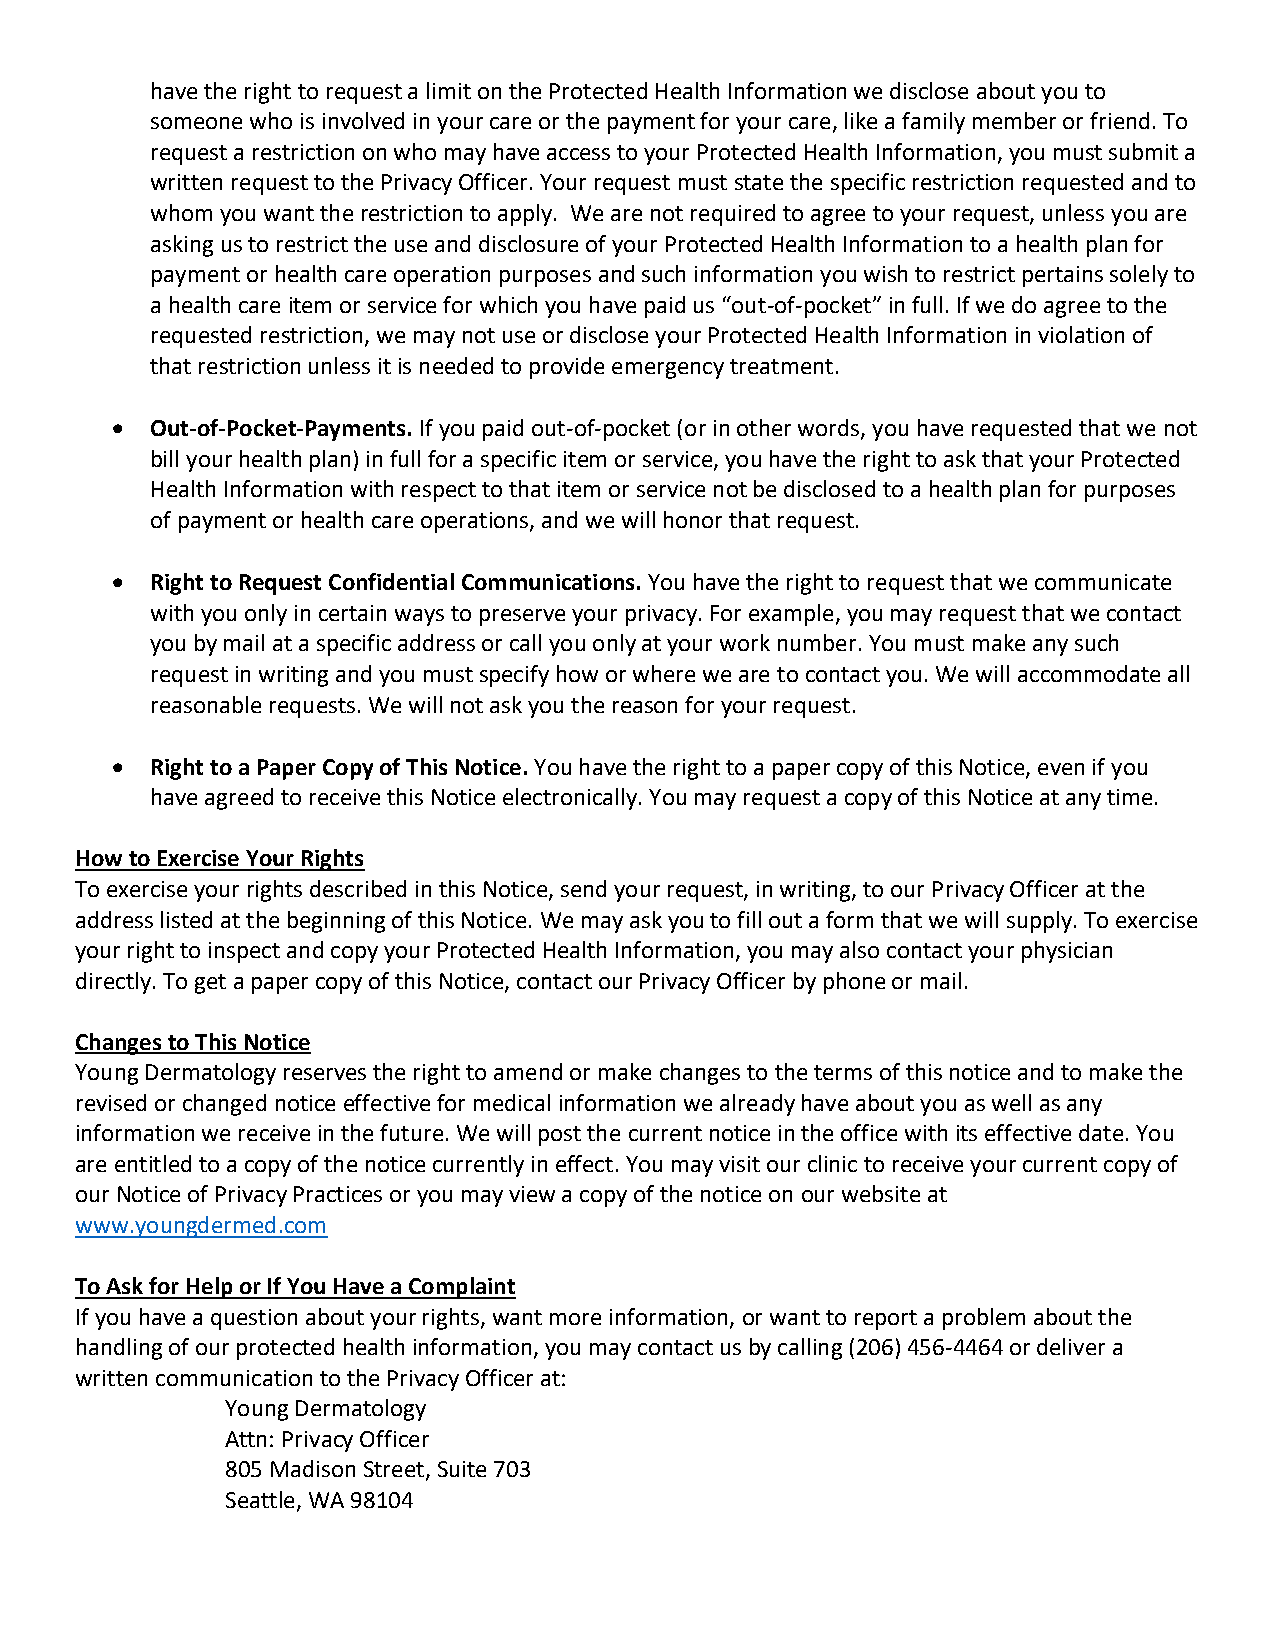
have the right to request a limit on the Protected Health Information we disclose about you to
 someone who is involved in your care or the payment for your care, like a family member or friend. To
 request a restriction on who may have access to your Protected Health Information, you must submit a
 written request to the Privacy Officer. Your request must state the specific restriction requested and to
 whom you want the restriction to apply. We are not required to agree to your request, unless you are
 asking us to restrict the use and disclosure of your Protected Health Information to a health plan for
 payment or health care operation purposes and such information you wish to restrict pertains solely to
 a health care item or service for which you have paid us “out-of-pocket” in full. If we do agree to the
 requested restriction, we may not use or disclose your Protected Health Information in violation of
 that restriction unless it is needed to provide emergency treatment.
 •  Out-of-Pocket-Payments. If you paid out-of-pocket (or in other words, you have requested that we not
 bill your health plan) in full for a specific item or service, you have the right to ask that your Protected
 Health Information with respect to that item or service not be disclosed to a health plan for purposes
 of payment or health care operations, and we will honor that request.
 •  Right to Request Confidential Communications. You have the right to request that we communicate
 with you only in certain ways to preserve your privacy. For example, you may request that we contact
 you by mail at a specific address or call you only at your work number. You must make any such
 request in writing and you must specify how or where we are to contact you. We will accommodate all
 reasonable requests. We will not ask you the reason for your request.
 •  Right to a Paper Copy of This Notice. You have the right to a paper copy of this Notice, even if you
 have agreed to receive this Notice electronically. You may request a copy of this Notice at any time.
 How to Exercise Your Rights
 To exercise your rights described in this Notice, send your request, in writing, to our Privacy Officer at the
 address listed at the beginning of this Notice. We may ask you to fill out a form that we will supply. To exercise
 your right to inspect and copy your Protected Health Information, you may also contact your physician
 directly. To get a paper copy of this Notice, contact our Privacy Officer by phone or mail.
 Changes to This Notice
 Young Dermatology reserves the right to amend or make changes to the terms of this notice and to make the
 revised or changed notice effective for medical information we already have about you as well as any
 information we receive in the future. We will post the current notice in the office with its effective date. You
 are entitled to a copy of the notice currently in effect. You may visit our clinic to receive your current copy of
 our Notice of Privacy Practices or you may view a copy of the notice on our website at
 www.youngdermed.com
 To Ask for Help or If You Have a Complaint
 If you have a question about your rights, want more information, or want to report a problem about the
 handling of our protected health information, you may contact us by calling (206) 456-4464 or deliver a
 written communication to the Privacy Officer at:
 Young Dermatology
 Attn: Privacy Officer
 805 Madison Street, Suite 703
 Seattle, WA 98104